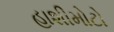
હાશીમોટો